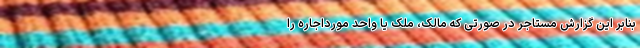
بنابر این گزارش مستاجر در صورتی که مالک، ملک یا واحد مورداجاره را